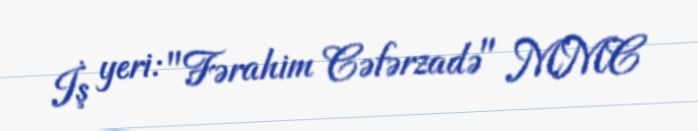
İş yeri: "Fərahim Cəfərzadə" MMC